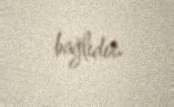
bağlıdır.